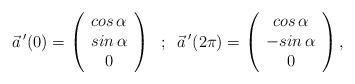
LaTeX: \begin{align*}\vec{a}\,'(0) = \left( \begin{array}{c} cos\,\alpha \\ sin\,\alpha \\ 0\end{array} \right) \; \; ; \; \; \vec{a}\,'(2\pi) = \left( \begin{array}{c}cos\,\alpha \\ -sin\,\alpha \\ 0 \end{array} \right) ,\end{align*}